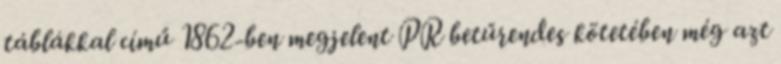
táblákkal című 1862-ben megjelent PR betűrendes kötetében még azt